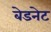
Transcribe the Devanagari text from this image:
बेडनेट